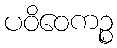
ပဝိဝေကဉ္စ